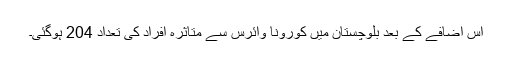
اس اضافے کے بعد بلوچستان میں کورونا وائرس سے متاثرہ افراد کی تعداد 204 ہوگئی۔